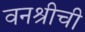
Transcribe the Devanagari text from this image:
वनश्रीची